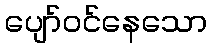
ပျော်ဝင်နေသော